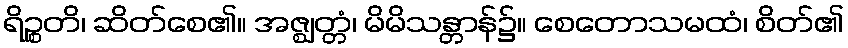
ရိဉ္စတိ၊ ဆိတ်စေ၏။ အဇ္ဈတ္တံ၊ မိမိသန္တာန်၌။ စေတောသမထံ၊ စိတ်၏